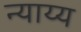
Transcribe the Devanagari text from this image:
न्‍याय्य